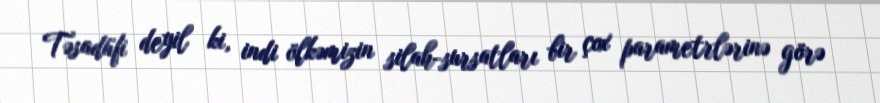
Təsadüfi deyil ki, indi ölkəmizin silah-sursatları bir çox parametrlərinə görə